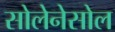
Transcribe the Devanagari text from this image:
सोलेनेसोल